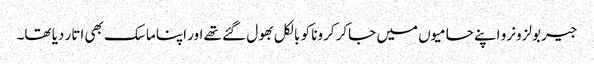
جیر بولزونرو اپنے حامیوں میں جاکر کرونا کو بالکل بھول گئے تھے اور اپنا ماسک بھی اتار دیا تھا۔